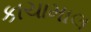
કાચામાલ